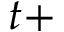
t +